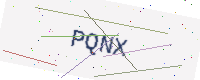
Text: PQNX